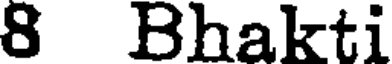
8 Bhakti